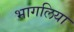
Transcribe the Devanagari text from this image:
भागलिया